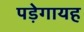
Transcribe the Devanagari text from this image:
पड़ेगायह